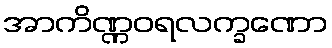
အာကိဏ္ဏဝရလက္ခဏော